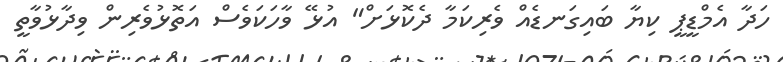
ހަދާ އެމްޑީޕީ ކިޔާ ބައިގަނޑެއް ވެރިކަމާ ދެކޮޅަށް" އުޅޭ ވާހަކަވެސް އަތޮޅުވެރިން ވިދާޅުވާތީ